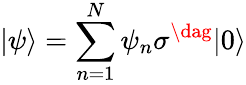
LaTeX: |\psi\rangle=\sum_{n=1}^{N}\psi_{n}\sigma^{\dag}|0\rangle